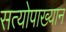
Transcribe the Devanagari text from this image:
सत्योपाख्यान